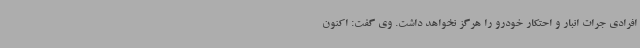
افرادی جرات انبار و احتکار خودرو را هرگز نخواهد داشت. وی گفت: اکنون